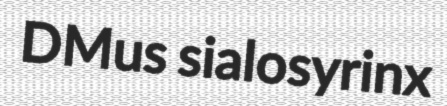
DMus sialosyrinx